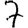
Digit: 7